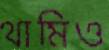
থামিও